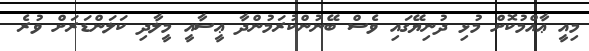
މިއީ ޢާއްމުކޮށް މުޅި ދުނިޔޭގައި ވެސް ބޭނުންކުރަމުންދާ ޢީސާއީ މީލާދި ކަލަންޑަރަށް ވުރެ